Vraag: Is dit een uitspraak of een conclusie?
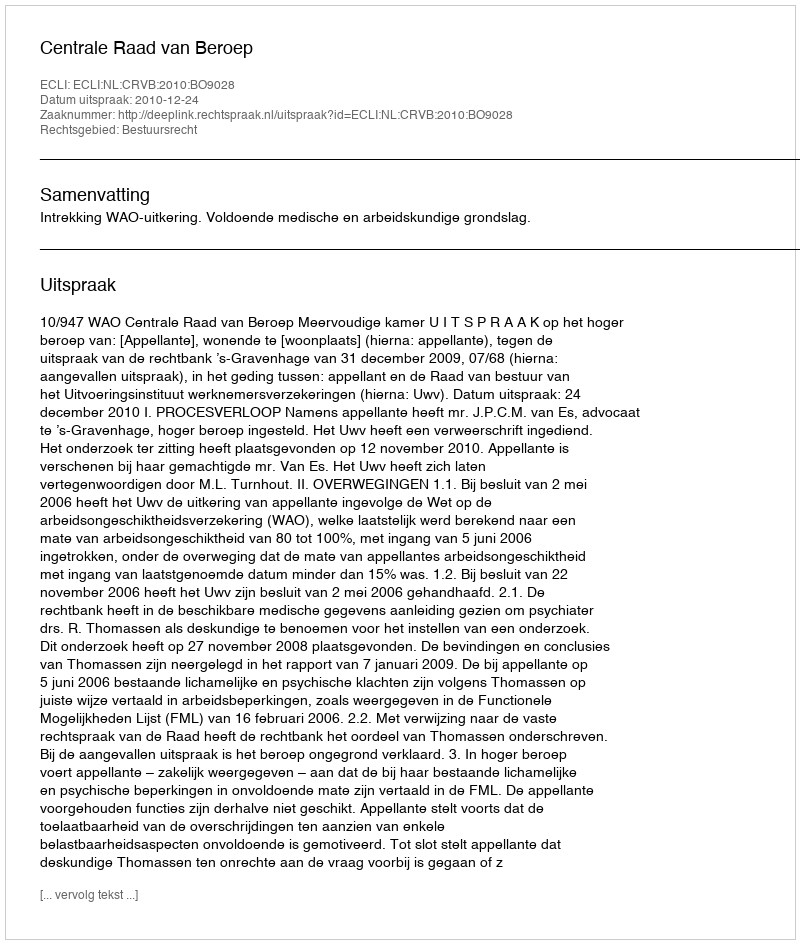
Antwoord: Uitspraak